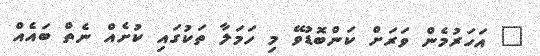
" އަހަރުމެން ވަރަށް ކަންބޮޑުވޭ މި ހަމަލާ ތަކުގައި ކުށެއް ނެތް ބައެއް